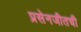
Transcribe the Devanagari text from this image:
प्रसेनजीतची